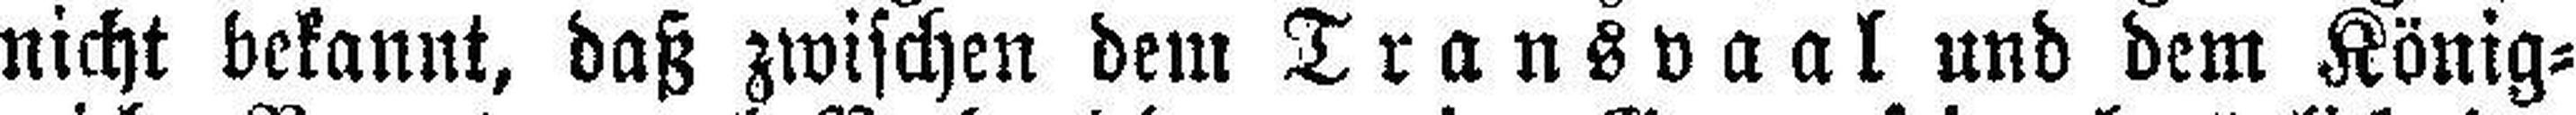
nicht bekannt, daß zwischen dem Transvaal und dem König¬